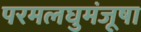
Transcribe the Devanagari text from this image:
परमलघुमंजूषा